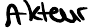
Akteur